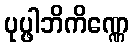
ပုပ္ဖါဘိကိဏ္ဏေ